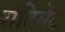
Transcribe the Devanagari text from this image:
सेंटिमेंट